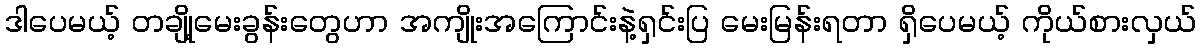
ဒါပေမယ့် တချို့မေးခွန်းတွေဟာ အကျိုးအကြောင်းနဲ့ရှင်းပြ မေးမြန်းရတာ ရှိပေမယ့် ကိုယ်စားလှယ်